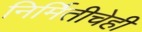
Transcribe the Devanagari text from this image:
निर्मितीचेही